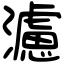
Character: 濾